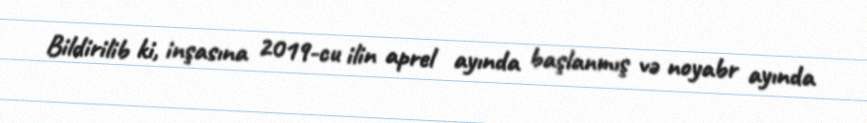
Bildirilib ki, inşasına 2019-cu ilin aprel ayında başlanmış və noyabr ayında